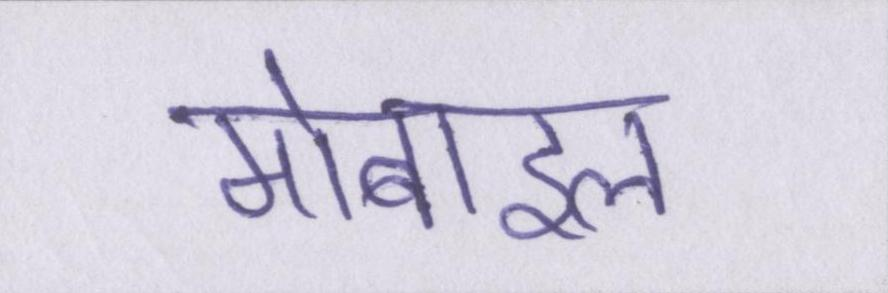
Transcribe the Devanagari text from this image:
मोबाइल